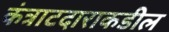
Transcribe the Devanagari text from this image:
कंत्राटदाराकडील